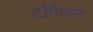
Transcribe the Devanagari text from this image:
टर्मिलन